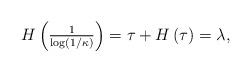
LaTeX: \begin{align*}H\left(\tfrac{1}{\log(1/\kappa)}\right) = \tau + H\left(\tau \right)= \lambda , \end{align*}